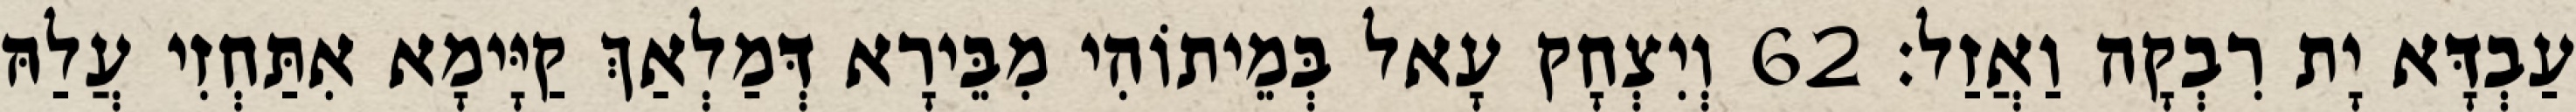
עַבְדָּא יָת רִבְקָה וַאֲזַל׃ 62 וְיִצְחָק עָאל בְּמֵיתוֹהִי מִבֵּירָא דְּמַלְאַךְ קַיָּימָא אִתַּחְזִי עֲלַהּ